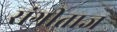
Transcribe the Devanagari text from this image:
संगीताज्ञ